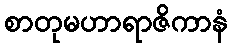
စာတုမဟာရာဇိကာနံ